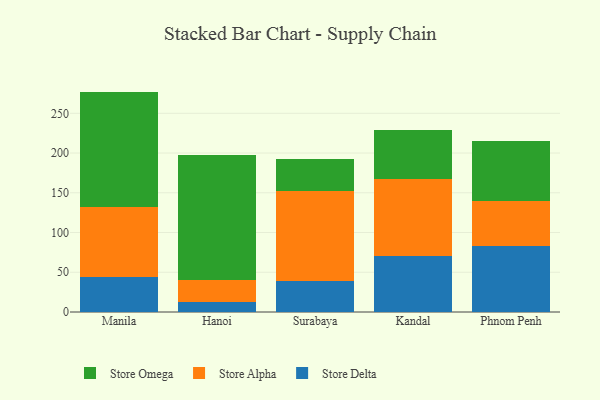
{"axis": {"x": "City", "y": "Revenue (USD Million)"}, "legend": ["Store Alpha", "Store Delta", "Store Omega"], "data": [{"x": "Manila", "y": 43.9, "type": "Store Delta"}, {"x": "Manila", "y": 88.4, "type": "Store Alpha"}, {"x": "Manila", "y": 145.0, "type": "Store Omega"}, {"x": "Hanoi", "y": 12.4, "type": "Store Delta"}, {"x": "Hanoi", "y": 27.9, "type": "Store Alpha"}, {"x": "Hanoi", "y": 157.1, "type": "Store Omega"}, {"x": "Surabaya", "y": 38.9, "type": "Store Delta"}, {"x": "Surabaya", "y": 113.1, "type": "Store Alpha"}, {"x": "Surabaya", "y": 41.1, "type": "Store Omega"}, {"x": "Kandal", "y": 70.0, "type": "Store Delta"}, {"x": "Kandal", "y": 97.3, "type": "Store Alpha"}, {"x": "Kandal", "y": 62.2, "type": "Store Omega"}, {"x": "Phnom Penh", "y": 83.2, "type": "Store Delta"}, {"x": "Phnom Penh", "y": 55.9, "type": "Store Alpha"}, {"x": "Phnom Penh", "y": 76.6, "type": "Store Omega"}]}